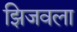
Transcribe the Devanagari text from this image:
झिजवला